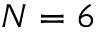
N = 6